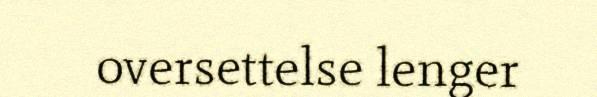
oversettelse lenger